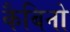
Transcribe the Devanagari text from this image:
कैबिनो